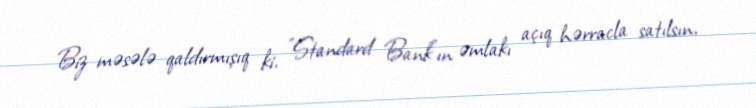
Biz məsələ qaldırmışıq ki, ”Standard Bank"ın əmlakı açıq hərracla satılsın,